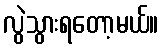
လွဲသွားရတော့မယ်။